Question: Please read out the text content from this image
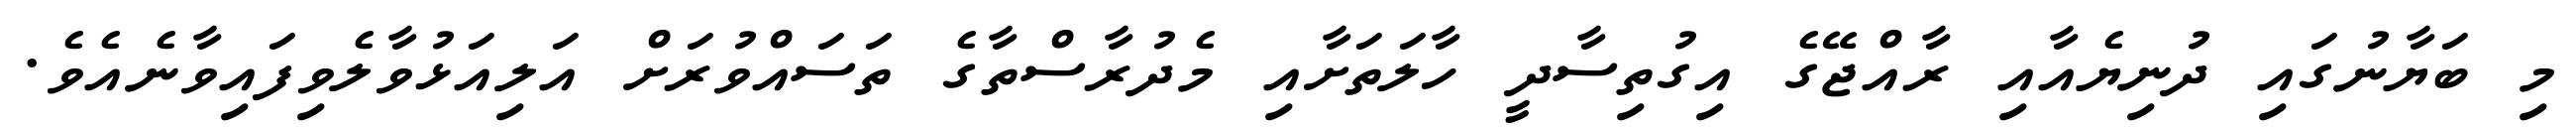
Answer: މި ބަޔާނުގައި ދުނިޔެއާއި ރާއްޖޭގެ އިގުތިސާދީ ހާލަތަށާއި މެދުރާސްތާގެ ތަސައްވުރަށް އަލިއަޅުވާލެވިފައިވާނެއެވެ.